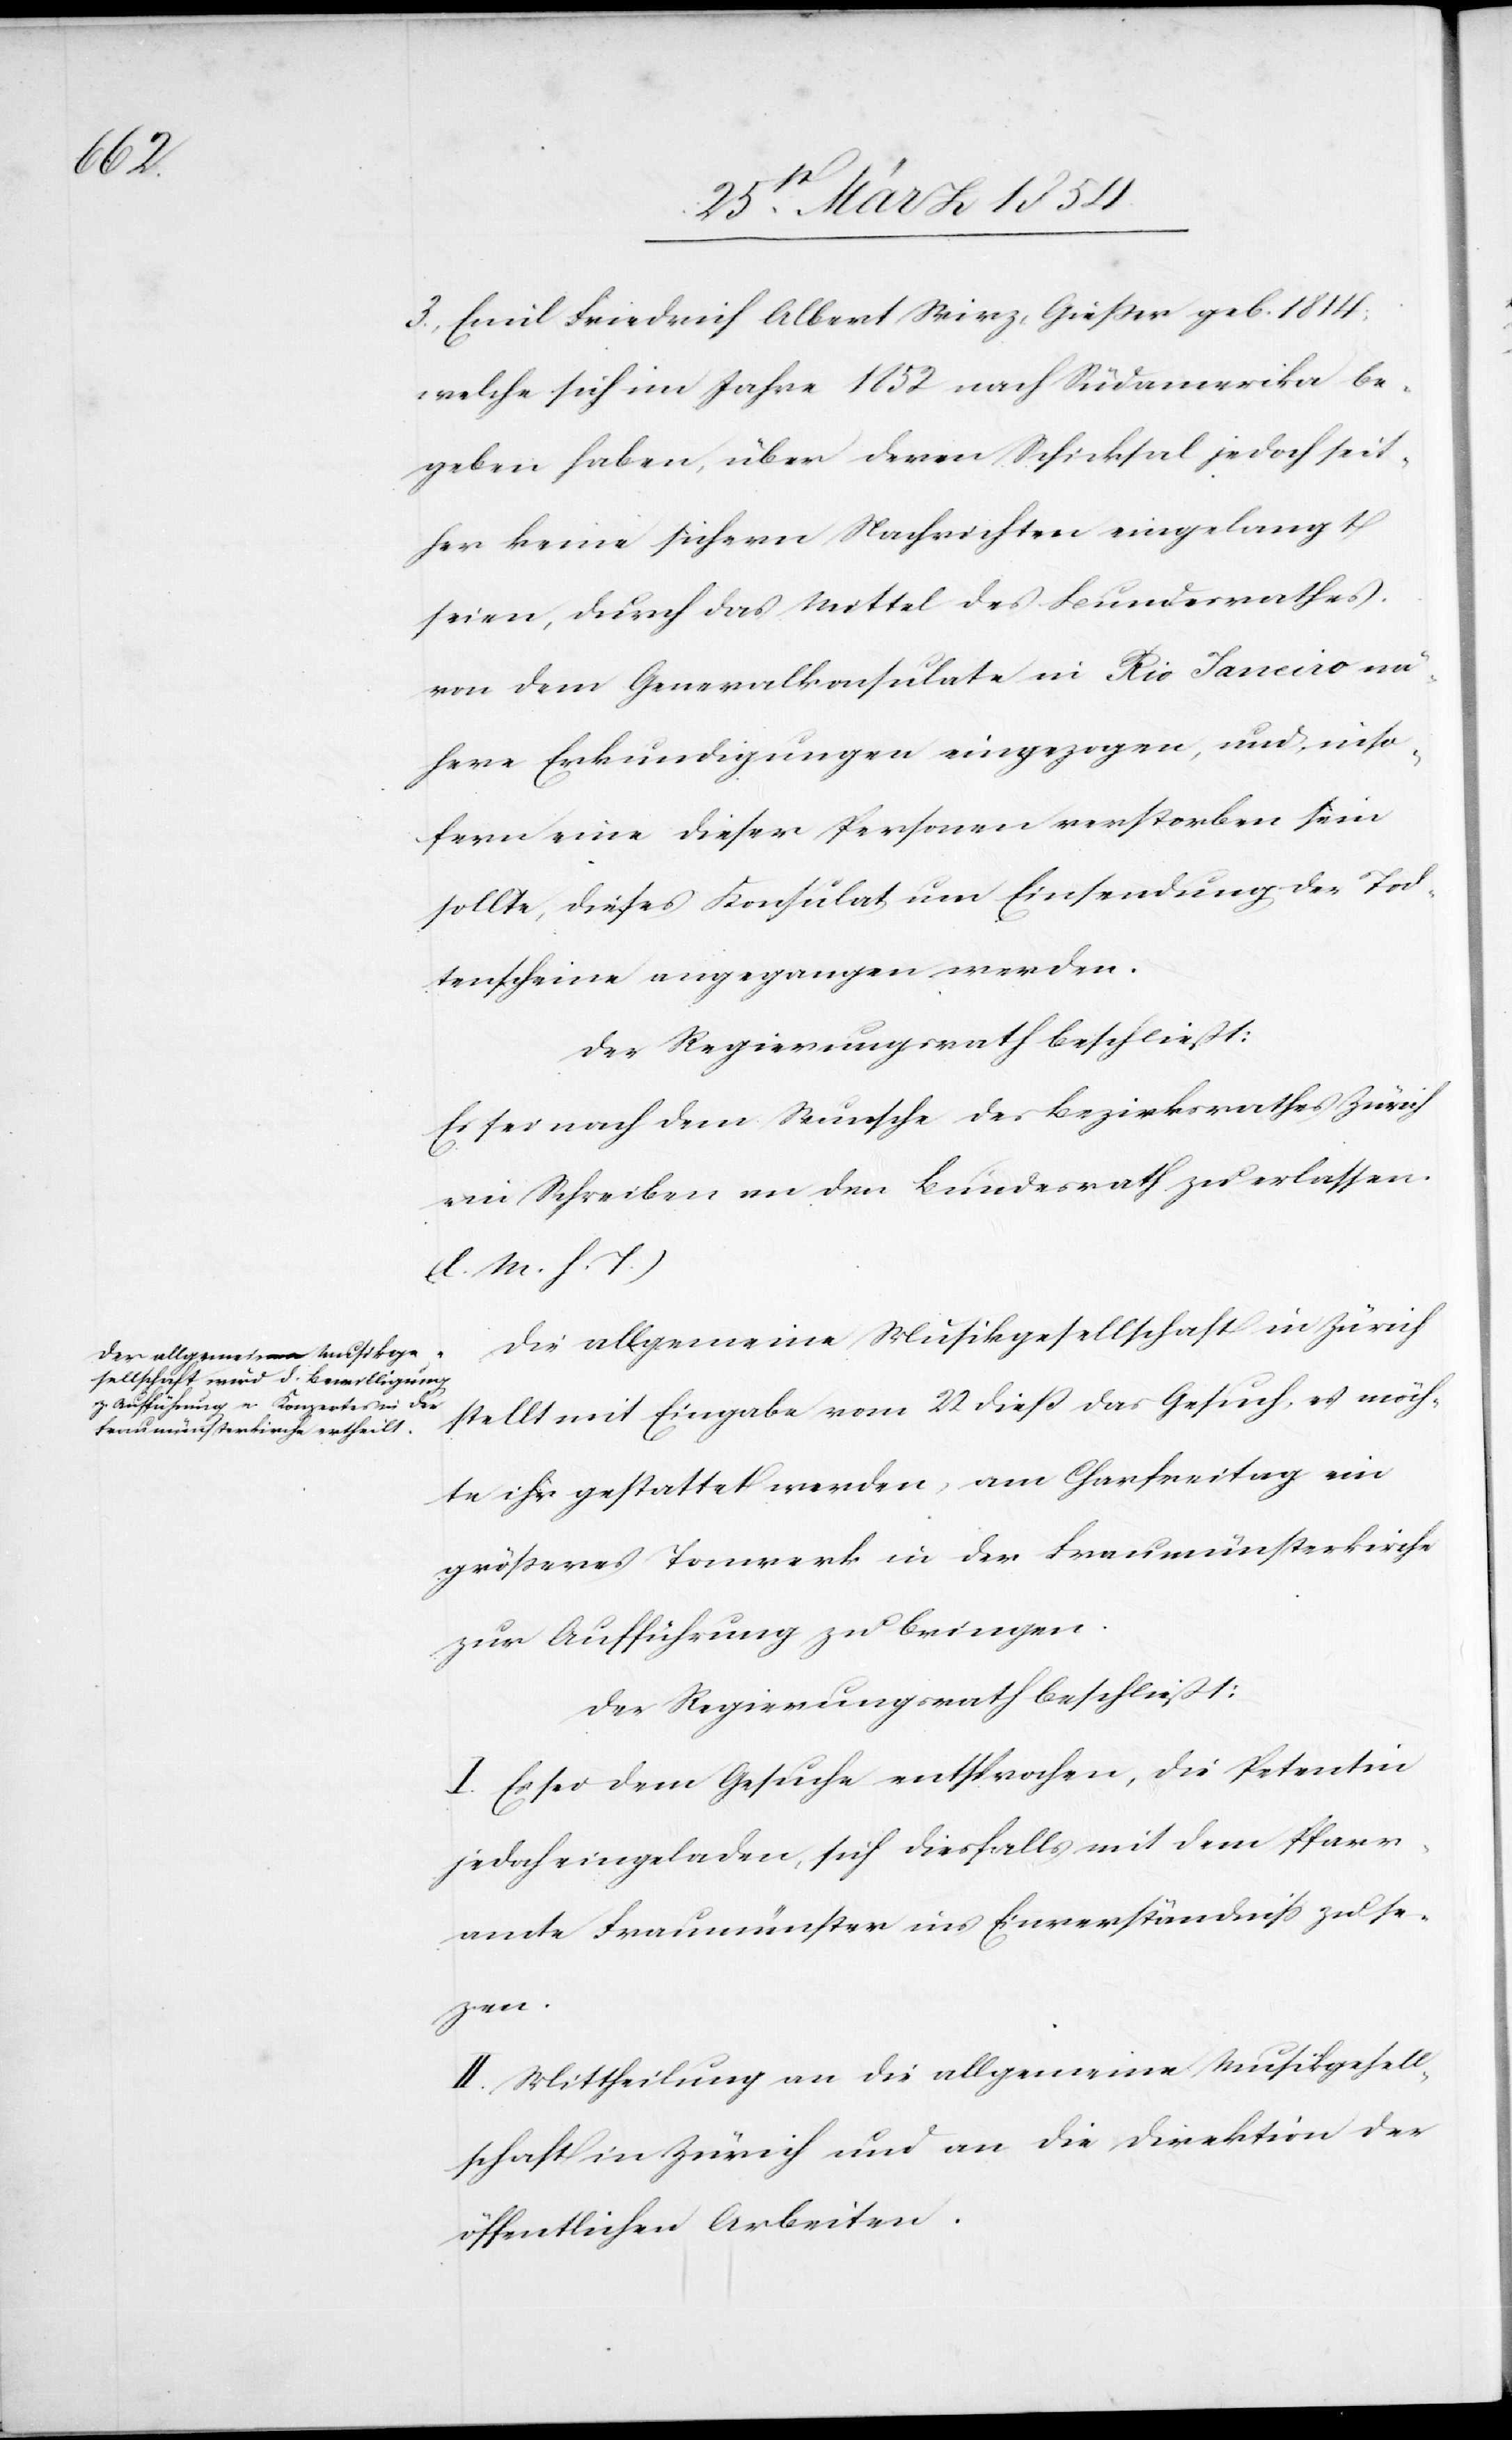
3o Emil Friedrich Albert Wirz, Gießer geb. 1814.
welche sich im Jahre 1852 nach Südamerika be¬
geben haben, über deren Schicksal jedoch seit¬
her keine sichern Nachrichten eingelangt
seien, durch das Mittel des Bundesrathes
von dem Generalkonsulate in Rio Janeiro nä¬
here Erkundigungen eingezogen, und, inso¬
fern eine dieser Personen verstorben sein
sollte, dieses Konsulat um Einsendung der Tod¬
scheine angegangen werden.
Der Regierungsrath beschließt:
Es sei nach dem Wunsche des Bezirksrathes Zürich
ein Schreiben an den Bundesrath zu erlassen.
(l. M. h. T.)
Die allgemeine Musikgesellschaft in Zürich
stellt mit Eingabe vom 22 dieß das Gesuch, es möch¬
te ihr gestattet werden, am Charfreitag ein
größeres Tonwerk in der Fraumünsterkirche
zur Aufführung zu bringen.
Der Regierungsrath beschließt:
I. Es sei dem Gesuche entsprochen, die Petentin
jedoch eingeladen, sich diesfalls mit dem Pfarr¬
amte Fraumünster ins Einverständniß zu se¬
zen.
II. Mittheilung an die allgemeine Musikgesell¬
schaft in Zürich und an die Direktion der
öffentlichen Arbeiten.